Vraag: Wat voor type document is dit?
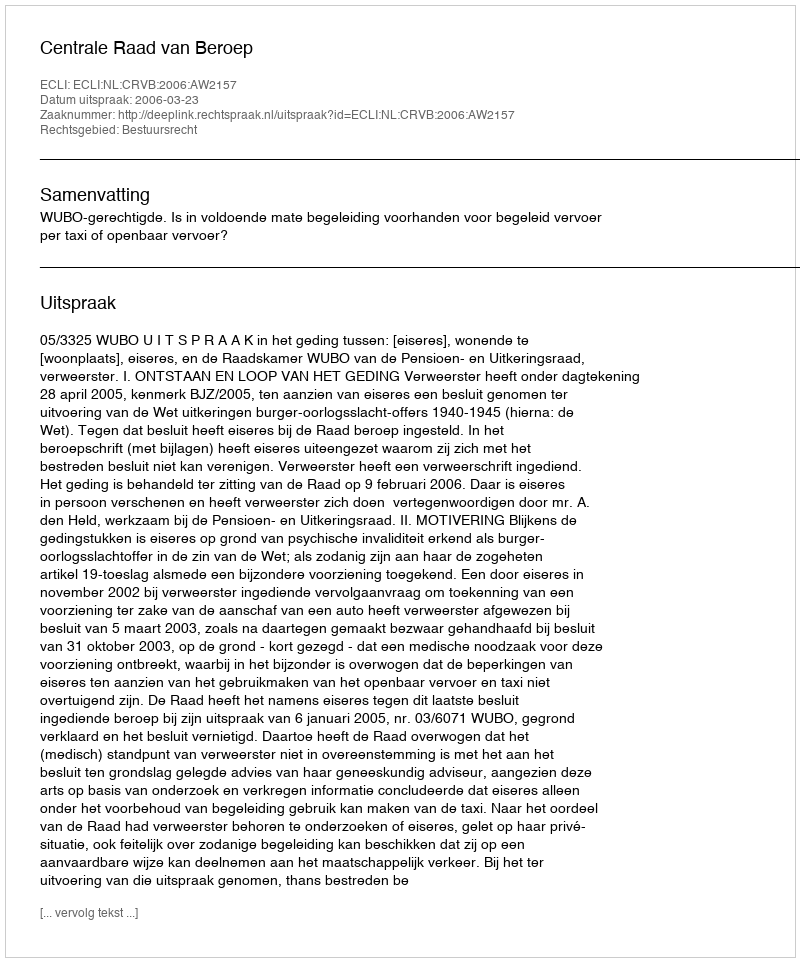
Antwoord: Uitspraak